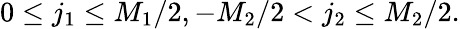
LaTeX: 0\le j_{1}\le M_{1}/2,-M_{2}/2<j_{2}\le M_{2}/2.